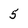
Character: 5